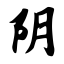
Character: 阴